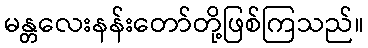
မန္တလေးနန်းတော်တို့ဖြစ်ကြသည်။